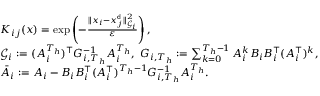
\begin{array} { r l } & { K _ { i j } ( x ) = \exp \left( - \frac { \| x _ { i } - x _ { j } ^ { \sf d } \| _ { { \mathcal G } _ { i } } ^ { 2 } } { \varepsilon } \right) , } \\ & { { \mathcal G } _ { i } : = ( A _ { i } ^ { T _ { h } } ) ^ { \top } G _ { i , T _ { h } } ^ { - 1 } A _ { i } ^ { T _ { h } } , \ G _ { i , T _ { h } } : = \sum _ { k = 0 } ^ { T _ { h } - 1 } A _ { i } ^ { k } B _ { i } B _ { i } ^ { \top } ( A _ { i } ^ { \top } ) ^ { k } , } \\ & { \bar { A } _ { i } : = A _ { i } - B _ { i } B _ { i } ^ { \top } ( A _ { i } ^ { \top } ) ^ { T _ { h } - 1 } G _ { i , T _ { h } } ^ { - 1 } A _ { i } ^ { T _ { h } } . } \end{array}